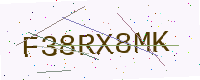
Text: F38RX8MK